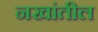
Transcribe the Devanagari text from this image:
नखांतील